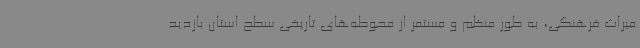
میراث فرهنگی، به طور منظم و مستمر از محوطه‌های تاریخی سطح استان بازدید